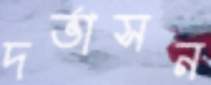
দর্ভাসন